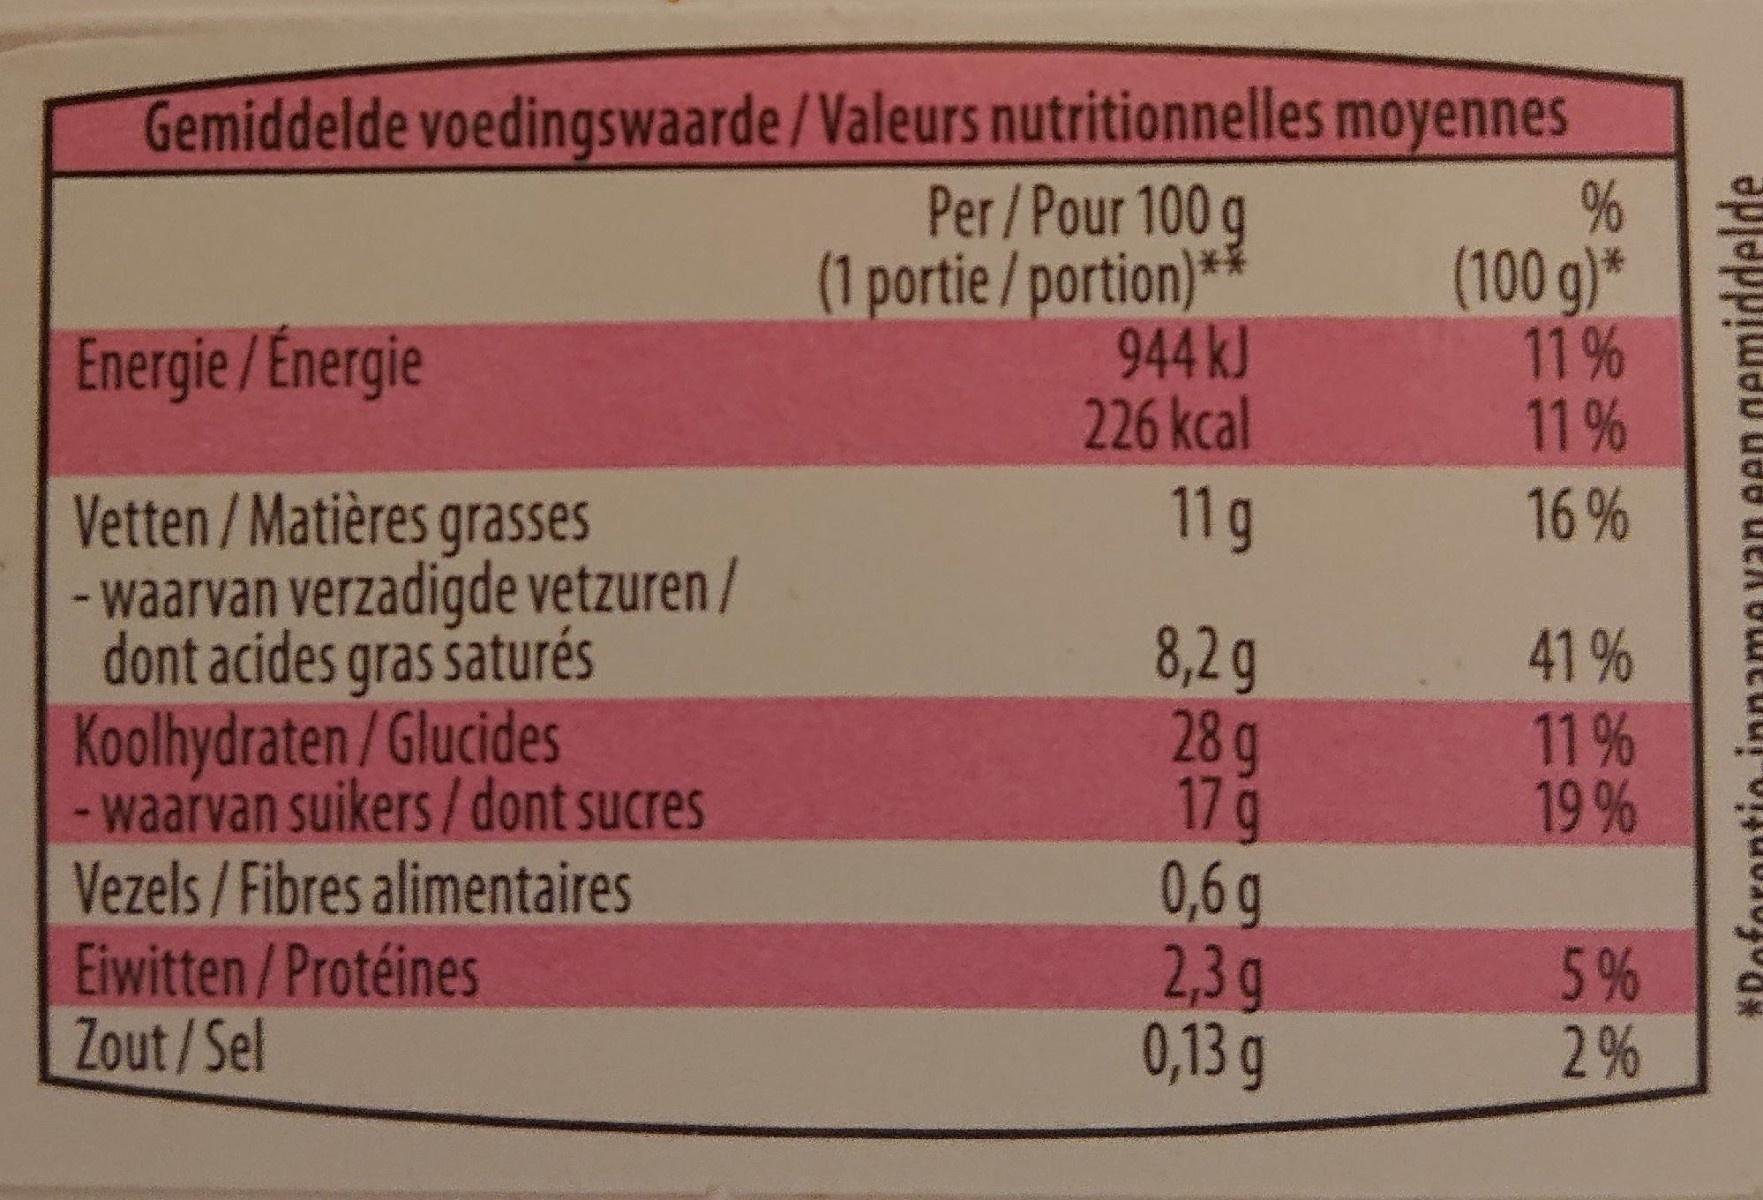
Gemiddelde voedingswaarde/Valeurs nutritionnelles moyennes
Per/Pour 100 g (1 portie/portion)** 944 KJ 226 kcal
(100 g)* 11% 11 %
Energie/Energie
Vetten/Matières grasses - waarvan verzadigde vetzuren / dont acides gras saturés Koolhydraten/Glucides - waarvan suikers/ dont sucres Vezels/Fibres alimentaires Eiwitten/Protéines Zout/Sel
11g
16 %
8,2q 28 g 17g 0,6 g 2,3g 0,13 g
41 % 11 % 19 %
5% 2%
*Poforontioinname van een gemiddelde